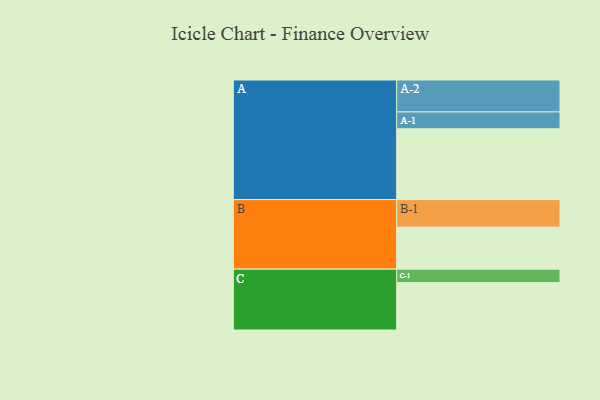
{"axis": {"x": "Segment", "y": "Value"}, "legend": ["", "A", "B", "C"], "data": [{"x": "A", "y": 563, "type": ""}, {"x": "B", "y": 334, "type": ""}, {"x": "C", "y": 377, "type": ""}, {"x": "A-1", "y": 134, "type": "A"}, {"x": "A-2", "y": 254, "type": "A"}, {"x": "B-1", "y": 219, "type": "B"}, {"x": "C-1", "y": 107, "type": "C"}]}